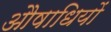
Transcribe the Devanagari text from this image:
औषाधियों